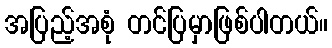
အပြည့်အစုံ တင်ပြမှာဖြစ်ပါတယ်။